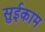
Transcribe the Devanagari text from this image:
सुईकाम